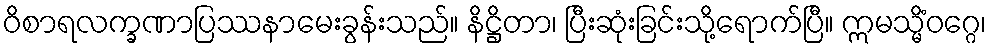
ဝိစာရလက္ခဏာပြဿနာမေးခွန်းသည်။ နိဋ္ဌိတာ၊ ပြီးဆုံးခြင်းသို့ရောက်ပြီ။ ဣမသ္မိံဝဂ္ဂေ၊